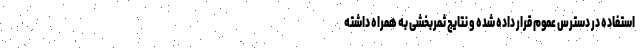
استفاده در دسترس عموم قرار داده شده و نتایج ثمربخشی به همراه داشته